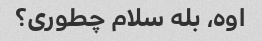
اوه، بله سلام چطوری؟